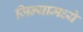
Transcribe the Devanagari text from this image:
जिन्यामध्ये